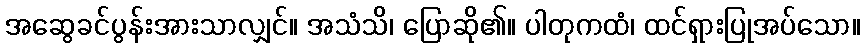
အဆွေခင်ပွန်းအားသာလျှင်။ အသံသိ၊ ပြောဆို၏။ ပါတုကထံ၊ ထင်ရှားပြုအပ်သော။